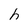
Character: h